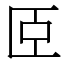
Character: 𦣞